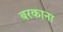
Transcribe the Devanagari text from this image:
बरकाना